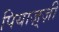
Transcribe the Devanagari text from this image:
पियाज़्ज़ी